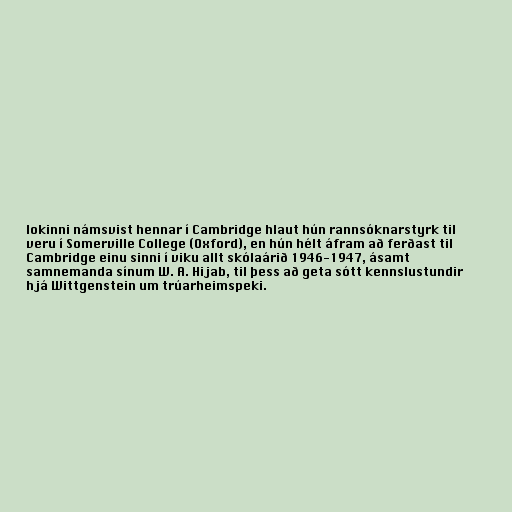
lokinni námsvist hennar í Cambridge hlaut hún rannsóknarstyrk til
veru í Somerville College (Oxford), en hún hélt áfram að ferðast til
Cambridge einu sinni í viku allt skólaárið 1946-1947, ásamt
samnemanda sínum W. A. Hijab, til þess að geta sótt kennslustundir
hjá Wittgenstein um trúarheimspeki.